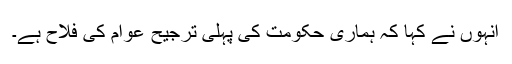
انہوں نے کہا کہ ہماری حکومت کی پہلی ترجیح عوام کی فلاح ہے۔